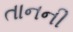
તાનની